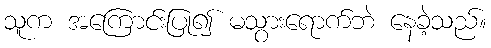
သူက အကြောင်းပြု၍ မသွားရောက်ဘဲ နေခဲ့သည်။